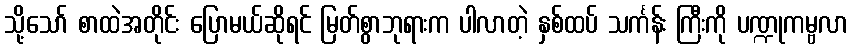
သို့သော် စာထဲအတိုင်း ပြောမယ်ဆိုရင် မြတ်စွာဘုရားက ပါလာတဲ့ နှစ်ထပ် သင်္ကန်း ကြီးကို ပဏ္ဍုကမ္ဗလာ